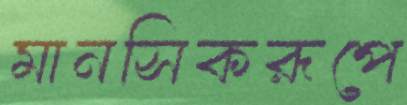
মানসিকরূপে